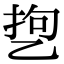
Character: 㐝